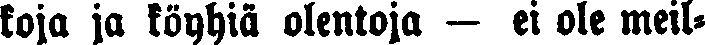
koja ja köyhiä olentoja — ei ole meil-